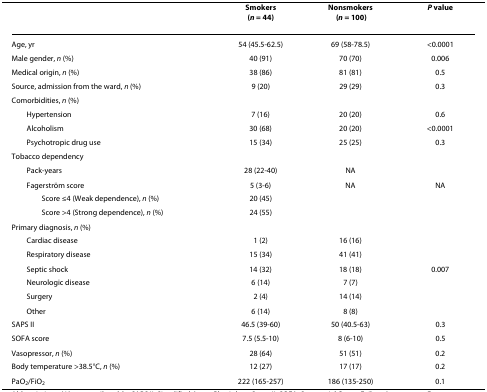
<table><thead><tr><td></td><td><b>Smokers(<i>n</i> = 44)</b></td><td><b>Nonsmokers(<i>n</i> = 100)</b></td><td><b><i>P </i>value</b></td></tr></thead><tbody><tr><td>Age, yr</td><td>54 (45.5-62.5)</td><td>69 (58-78.5)</td><td>&lt;0.0001</td></tr><tr><td>Male gender, <i>n</i> (%)</td><td>40 (91)</td><td>70 (70)</td><td>0.006</td></tr><tr><td>Medical origin, <i>n</i> (%)</td><td>38 (86)</td><td>81 (81)</td><td>0.5</td></tr><tr><td>Source, admission from the ward, <i>n</i> (%)</td><td>9 (20)</td><td>29 (29)</td><td>0.3</td></tr><tr><td>Comorbidities, <i>n</i> (%)</td><td></td><td></td><td></td></tr><tr><td> Hypertension</td><td>7 (16)</td><td>20 (20)</td><td>0.6</td></tr><tr><td> Alcoholism</td><td>30 (68)</td><td>20 (20)</td><td>&lt;0.0001</td></tr><tr><td> Psychotropic drug use</td><td>15 (34)</td><td>25 (25)</td><td>0.3</td></tr><tr><td>Tobacco dependency</td><td></td><td></td><td></td></tr><tr><td> Pack-years</td><td>28 (22-40)</td><td>NA</td><td></td></tr><tr><td> Fagerström score</td><td>5 (3-6)</td><td>NA</td><td>NA</td></tr><tr><td>Score ≤4 (Weak dependence), <i>n</i> (%)</td><td>20 (45)</td><td></td><td></td></tr><tr><td>Score &gt;4 (Strong dependence), <i>n</i> (%)</td><td>24 (55)</td><td></td><td></td></tr><tr><td>Primary diagnosis, <i>n</i> (%)</td><td></td><td></td><td></td></tr><tr><td> Cardiac disease</td><td>1 (2)</td><td>16 (16)</td><td></td></tr><tr><td> Respiratory disease</td><td>15 (34)</td><td>41 (41)</td><td></td></tr><tr><td> Septic shock</td><td>14 (32)</td><td>18 (18)</td><td>0.007</td></tr><tr><td> Neurologic disease</td><td>6 (14)</td><td>7 (7)</td><td></td></tr><tr><td> Surgery</td><td>2 (4)</td><td>14 (14)</td><td></td></tr><tr><td> Other</td><td>6 (14)</td><td>8 (8)</td><td></td></tr><tr><td>SAPS II</td><td>46.5 (39-60)</td><td>50 (40.5-63)</td><td>0.3</td></tr><tr><td>SOFA score</td><td>7.5 (5.5-10)</td><td>8 (6-10)</td><td>0.5</td></tr><tr><td>Vasopressor, <i>n</i> (%)</td><td>28 (64)</td><td>51 (51)</td><td>0.2</td></tr><tr><td>Body temperature &gt;38.5°C, <i>n</i> (%)</td><td>12 (27)</td><td>17 (17)</td><td>0.2</td></tr><tr><td>PaO<sub>2</sub>/FiO<sub>2</sub></td><td>222 (165-257)</td><td>186 (135-250)</td><td>0.1</td></tr></tbody></table>